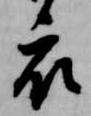
衣